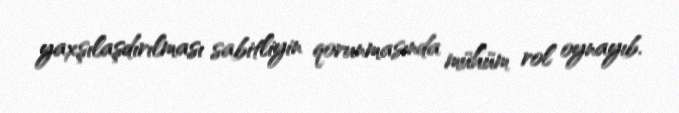
yaxşılaşdırılması sabitliyin qorunmasında mühüm rol oynayıb.